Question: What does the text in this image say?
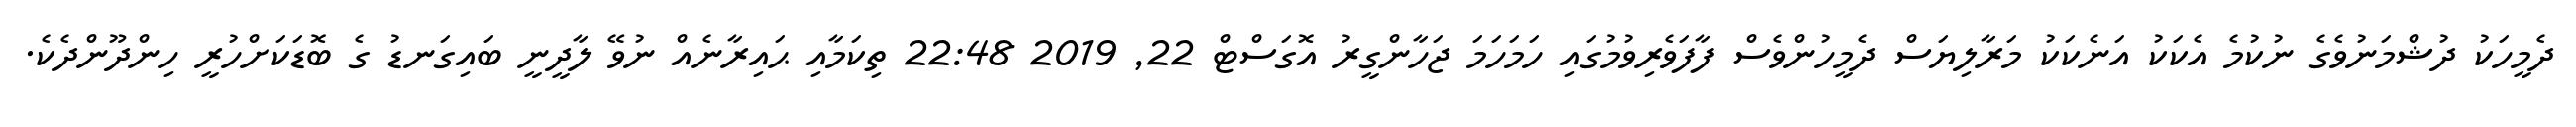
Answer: ދެމީހަކު ދުޝްމަނުވެގެ ނުކުމެ އެކަކު އަނެކަކު މަރާލިޔަސް ދެމީހުންވެސް ފާފަވެރިވުމުގައި ހަމަހަމަ ޖަހާންގީރު އޮގަސްޓް 22, 2019 22:48 ތިކަމާއި ޙައިރާނެއް ނުވޭ ލާދީނީ ބައިގަނޑު ގެ ބޮޑަކަށްހުރީ ހިންދޫންދެކެ.